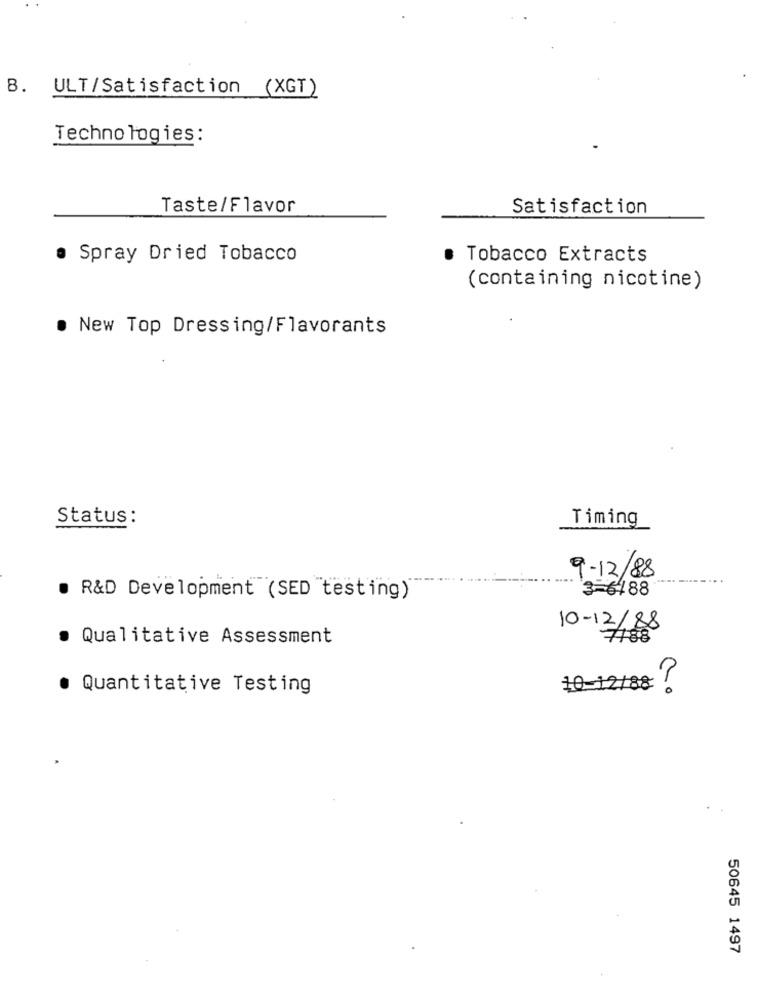
B.
ULT/Satisfaction (XGT)
Technologies:
Taste/Flavor
Satisfaction
· Spray Dried Tobacco
· Tobacco Extracts
(containing nicotine)
· New Top Dressing/Flavorants
Status :
Timing
9-12/88
3-6188
. R&D Development (SED testing)
10-12/88
· Qualitative Assessment
7188
· Quantitative Testing
10-12/88 ?
50645 1497